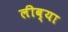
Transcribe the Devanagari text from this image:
लीब्या